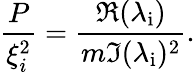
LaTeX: \frac{P}{\xi_{i}^{2}}=\frac{\Re(\lambda_{\mathrm{i}})}{m\Im(\lambda_{\mathrm{i}})^{2}}.